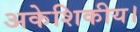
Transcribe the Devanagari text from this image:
अकेशिकीय।